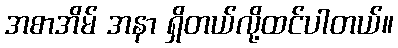
အစာအိမ် အနာ ရှိတယ်လို့ထင်ပါတယ်။